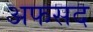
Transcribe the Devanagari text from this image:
अफसद